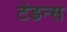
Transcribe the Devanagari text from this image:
टेंडन्स